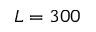
L = 3 0 0